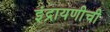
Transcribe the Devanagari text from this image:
इंद्रायणीची